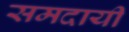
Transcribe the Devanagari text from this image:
समदायी